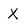
Character: x